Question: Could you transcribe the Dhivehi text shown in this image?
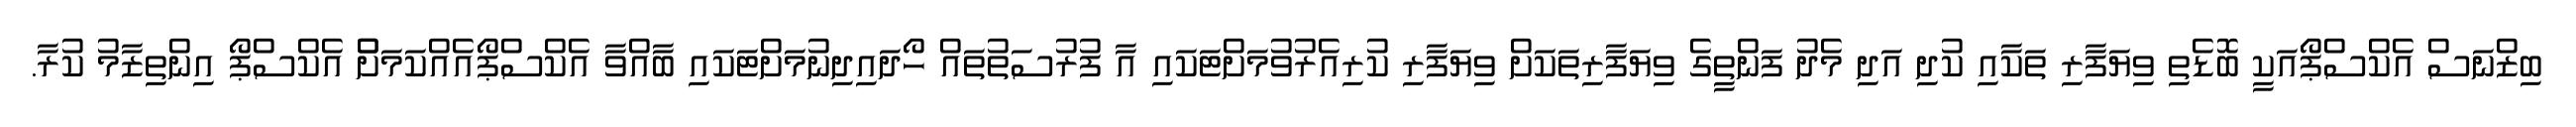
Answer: ބިޒްނަސް އެކްސްޕޯއަކީ ބޮޑެތި ވިޔަފާރި ތަކާއި ކުދި އަދި މެދު ފަންތީގެ ވިޔަފާރިތަކަށް ވިޔަފާރި ކުރިއެރުވުމަށްޓަކައި އާ ފުރުސަތުތައް ހޯދައިދިނުމަށްޓަކައި ބާއްވާ އެކްސްޕޯއެއްކަމަށްް އެކްސްޕޯ އިންތިޒާމު ކުރާ.